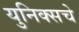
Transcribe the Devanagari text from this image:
युनिक्सचे